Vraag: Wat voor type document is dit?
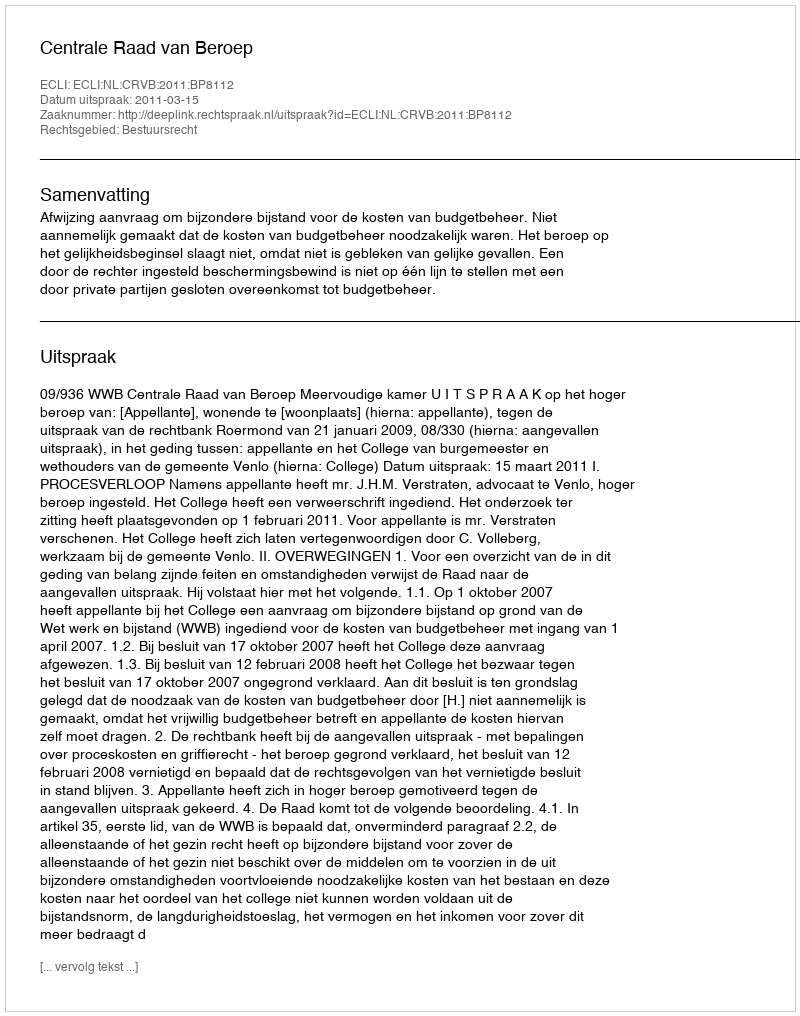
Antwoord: Uitspraak